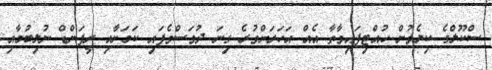
ސްކޫލްގެ ކިޔެވުން ހުއްޓިފައިވާތާ އެއް އަހަރަށްވުރެ ގިނަ ދުވަސްވެފައި ކަމަށާއި ރީފަންޑް ނުލިބުމާއި